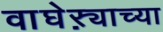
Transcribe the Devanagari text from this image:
वाघेऱ्याच्या